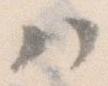
ハ